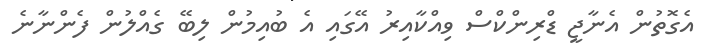
އެގޮތުން އެނާޖީ ޑްރިންކްސް ވިއްކާއިރު އޭގައި އެ ބުއިމުން ލިބޭ ގެއްލުން ފެންނާނެ